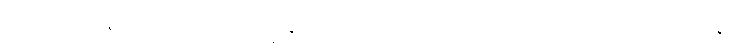
ဘိက္ခူ၊ ရဟန်းတို့သည်။ အာယသ္မန္တံမဟာကောဋ္ဌိကံ၊ အရှင်မဟာကောဋ္ဌိကကို။ ဧတံ ဝစနံ၊